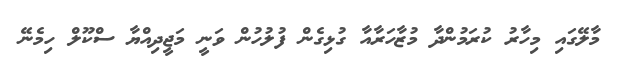
މާލޭގައި މިހާރު ކުރަމުންދާ މުޒާހަރާއާ ގުޅިގެން ފުލުހުން ވަނީ މަޖީދިއްޔާ ސްކޫލް ހިމެނޭ